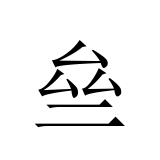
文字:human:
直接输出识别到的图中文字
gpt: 亝